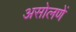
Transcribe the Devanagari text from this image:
असोलणें